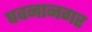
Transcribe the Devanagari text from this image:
पवनानगर